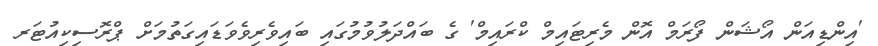
'އިންޑިއަން އޯޝަން ފޯރަމް އޮން މެރިޓައިމް ކްރައިމް' ގެ ބައްދަލުވުމުގައި ބައިވެރިވެވަޑައިގަތުމަށް ޕްރޮސިކިއުޓަރ